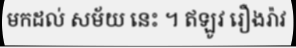
មកដល់ សម័យ នេះ ។ ឥឡូវ រឿងរ៉ាវ